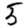
Digit: 5